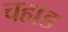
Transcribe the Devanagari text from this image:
चहाड